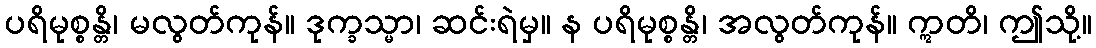
ပရိမုစ္စန္တိ၊ မလွတ်ကုန်။ ဒုက္ခသ္မာ၊ ဆင်းရဲမှ။ န ပရိမုစ္စန္တိ၊ အလွတ်ကုန်။ ဣတိ၊ ဤသို့။